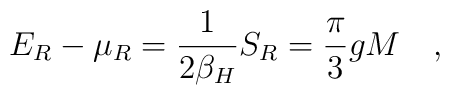
E_R-\mu_R={1 \over 2\beta_H} S_R={\pi\over 3}g M ~~~,